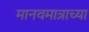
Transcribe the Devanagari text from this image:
मानवमात्राच्या